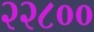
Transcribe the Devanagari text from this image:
२२८००